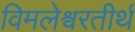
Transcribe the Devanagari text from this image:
विमलेश्वरतीर्थ